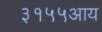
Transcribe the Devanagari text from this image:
३१५५आय